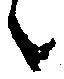
々